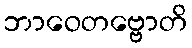
ဘာဝေတဗ္ဗောတိ